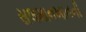
સલમાનખાનની